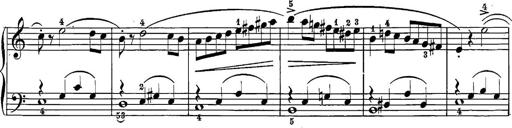
Title: 12 Sonatine per Pianoforte
Composer: Friedrich Kuhlau